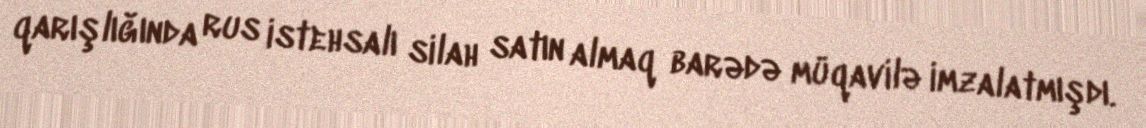
qarışlığında rus istehsalı silah satın almaq barədə müqavilə imzalatmışdı.